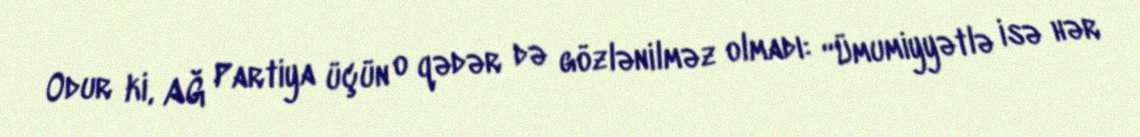
Odur ki, AĞ Partiya üçün o qədər də gözlənilməz olmadı: “Ümumiyyətlə isə hər